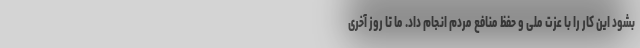
بشود این کار را با عزت ملی و حفظ منافع مردم انجام داد. ما تا روز آخری